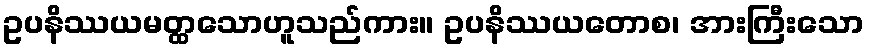
ဥပနိဿယမတ္ထသောဟူသည်ကား။ ဥပနိဿယတောစ၊ အားကြီးသော